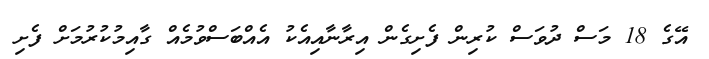
އޭގެ 18 މަސް ދުވަސް ކުރިން ފެށިގެން އިރާނާއިއެކު އެއްބަސްވުމެއް ގާއިމުކުރުމަށް ފެށި